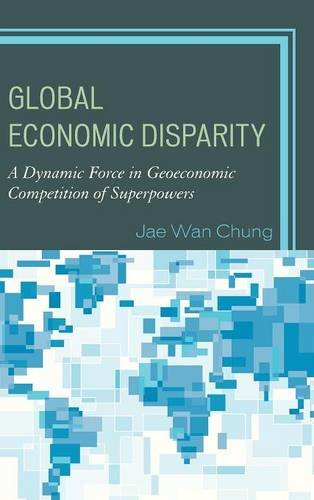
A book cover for Global Economic Disparity: A Dynamic Force in Geoeconomic Competition of Superpowers; Jae Wan Chung; Business & Money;